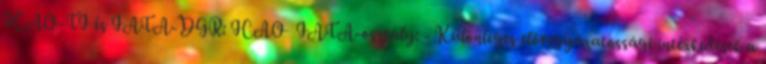
ICAO-TI és IATA-DGR: ICAO IATA-osztály: - Különleges elővigyázatossági intézkedések a